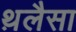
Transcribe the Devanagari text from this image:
थ़लैसा